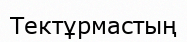
Тектұрмастың